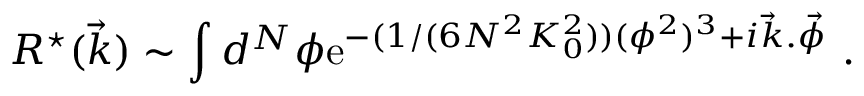
R ^ { \star } ( \vec { k } ) \sim \int d ^ { N } \phi \mathrm { e } ^ { - ( 1 / ( 6 N ^ { 2 } K _ { 0 } ^ { 2 } ) ) ( \phi ^ { 2 } ) ^ { 3 } + i \vec { k } . \vec { \phi } } \ .